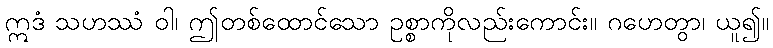
ဣဒံ သဟဿံ ဝါ၊ ဤတစ်ထောင်သော ဥစ္စာကိုလည်းကောင်း။ ဂဟေတွာ၊ ယူ၍။